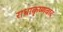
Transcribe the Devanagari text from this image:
राधाकृष्णवाद